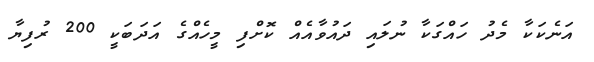
އަނެކަކާ މެދު ހައްގަކާ ނުލައި ދައުވާއެއް ކޮށްފި މީހެއްގެ އަދަބަކީ 200 ރުފިޔާ